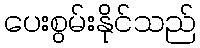
ပေးစွမ်းနိုင်သည်